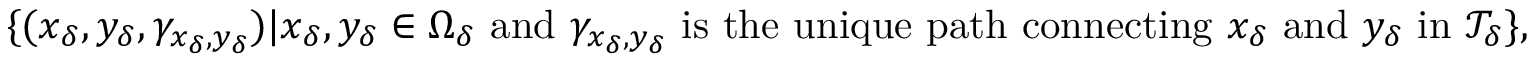
\{ ( x _ { \delta } , y _ { \delta } , \gamma _ { x _ { \delta } , y _ { \delta } } ) | x _ { \delta } , y _ { \delta } \in \Omega _ { \delta } \mathrm { ~ a n d ~ } \gamma _ { x _ { \delta } , y _ { \delta } } \mathrm { ~ i s ~ t h e ~ u n i q u e ~ p a t h ~ c o n n e c t i n g ~ } x _ { \delta } \mathrm { ~ a n d ~ } y _ { \delta } \mathrm { ~ i n ~ } \mathcal { T } _ { \delta } \} ,